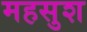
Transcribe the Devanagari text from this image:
महसुश